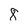
Character: 8